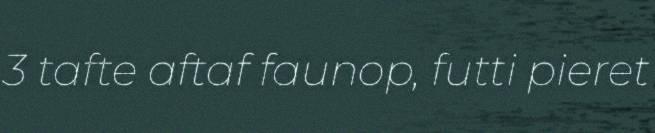
3 tafte aftaf faunop, futti pieret